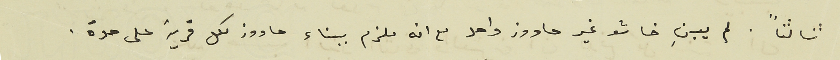
ثالثاً . لم يبنِ خاشو غير حاووز واحد مع انه ملزم ببناء حاووز لكل قرية على حدة.